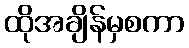
ထိုအချိန်မှစကာ